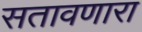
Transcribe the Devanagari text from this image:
सतावणारा